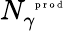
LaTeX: N_{\gamma}^{\mathrm{~\tiny~p~r~o~d~}}